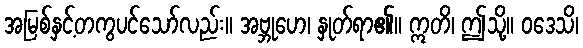
အမြစ်နှင့်တကွပင်သော်လည်း။ အဗ္ဘုဟေ၊ နှုတ်ရာ၏။ ဣတိ၊ ဤသို့။ ဝဒေသိ၊